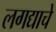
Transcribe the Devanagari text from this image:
लगद्याचे